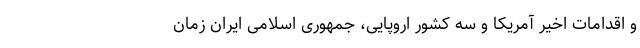
و اقدامات اخیر آمریکا و سه کشور اروپایی، جمهوری اسلامی ایران زمان